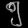
Digit: ၅